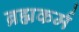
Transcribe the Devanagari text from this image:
ब्रह्मकर्म